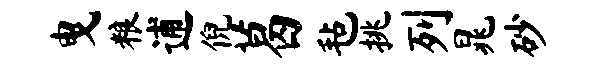
曳粮逋倪葛毡挑列晁砂